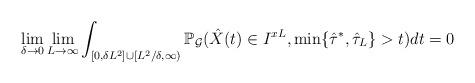
LaTeX: \begin{align*}\lim_{\delta \rightarrow 0}\lim_{L \rightarrow \infty}\int_{[0,\delta L^2] \cup [L^2/ \delta, \infty)}\mathbb P_{\mathcal{G}} (\hat X(t) \in I^{xL}, \min\{ \hat \tau^*, \hat \tau_L\} >t) dt =0 \end{align*}